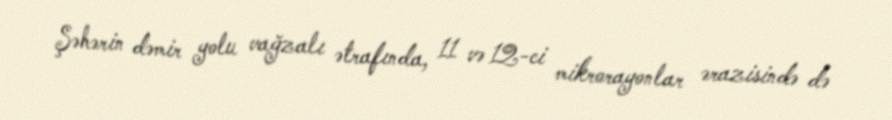
Şəhərin dəmir yolu vağzalı ətrafında, 11 və 12-ci mikrorayonlar ərazisində də